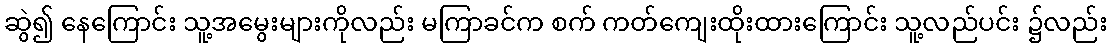
ဆွဲ၍ နေကြောင်း သူ့အမွေးများကိုလည်း မကြာခင်က စက် ကတ်ကျေးထိုးထားကြောင်း သူ့လည်ပင်း ၌လည်း